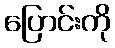
ပြောင်းကို